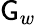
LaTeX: \mathsf{G}_{w}